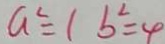
a ^ { 2 } = 1 b ^ { 2 } = 4